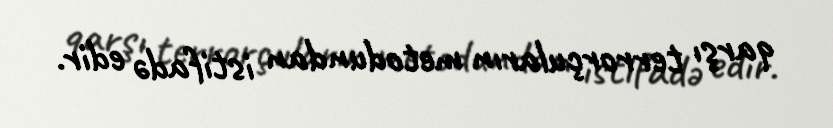
qarşı terrorçuların metodundan istifadə edir.